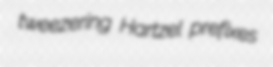
tweezering Hartzel prefixes